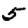
Digit: 5